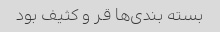
بسته بندی‌ها قر و کثیف بود